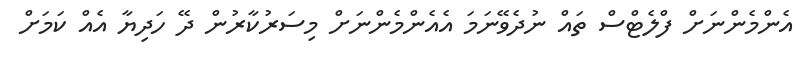
އެންމެންނަށް ފްލެޓްސް ތައް ނުދެވޭނަމަ އެއެންމެންނަށް މިސަރުކާރުން ދޭ ހަދިޔާ އެއް ކަމަށް